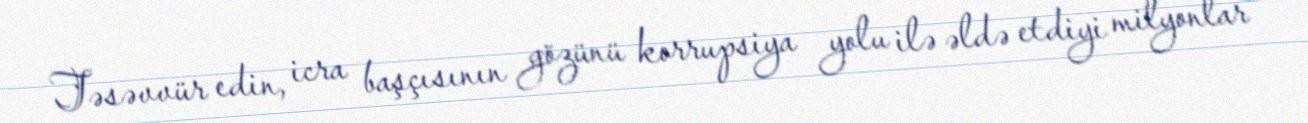
Təsəvvür edin, icra başçısının gözünü korrupsiya yolu ilə əldə etdiyi milyonlar